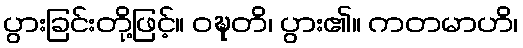
ပွားခြင်းတို့ဖြင့်။ ဝဍ္ဎတိ၊ ပွား၏။ ကတမာဟိ၊